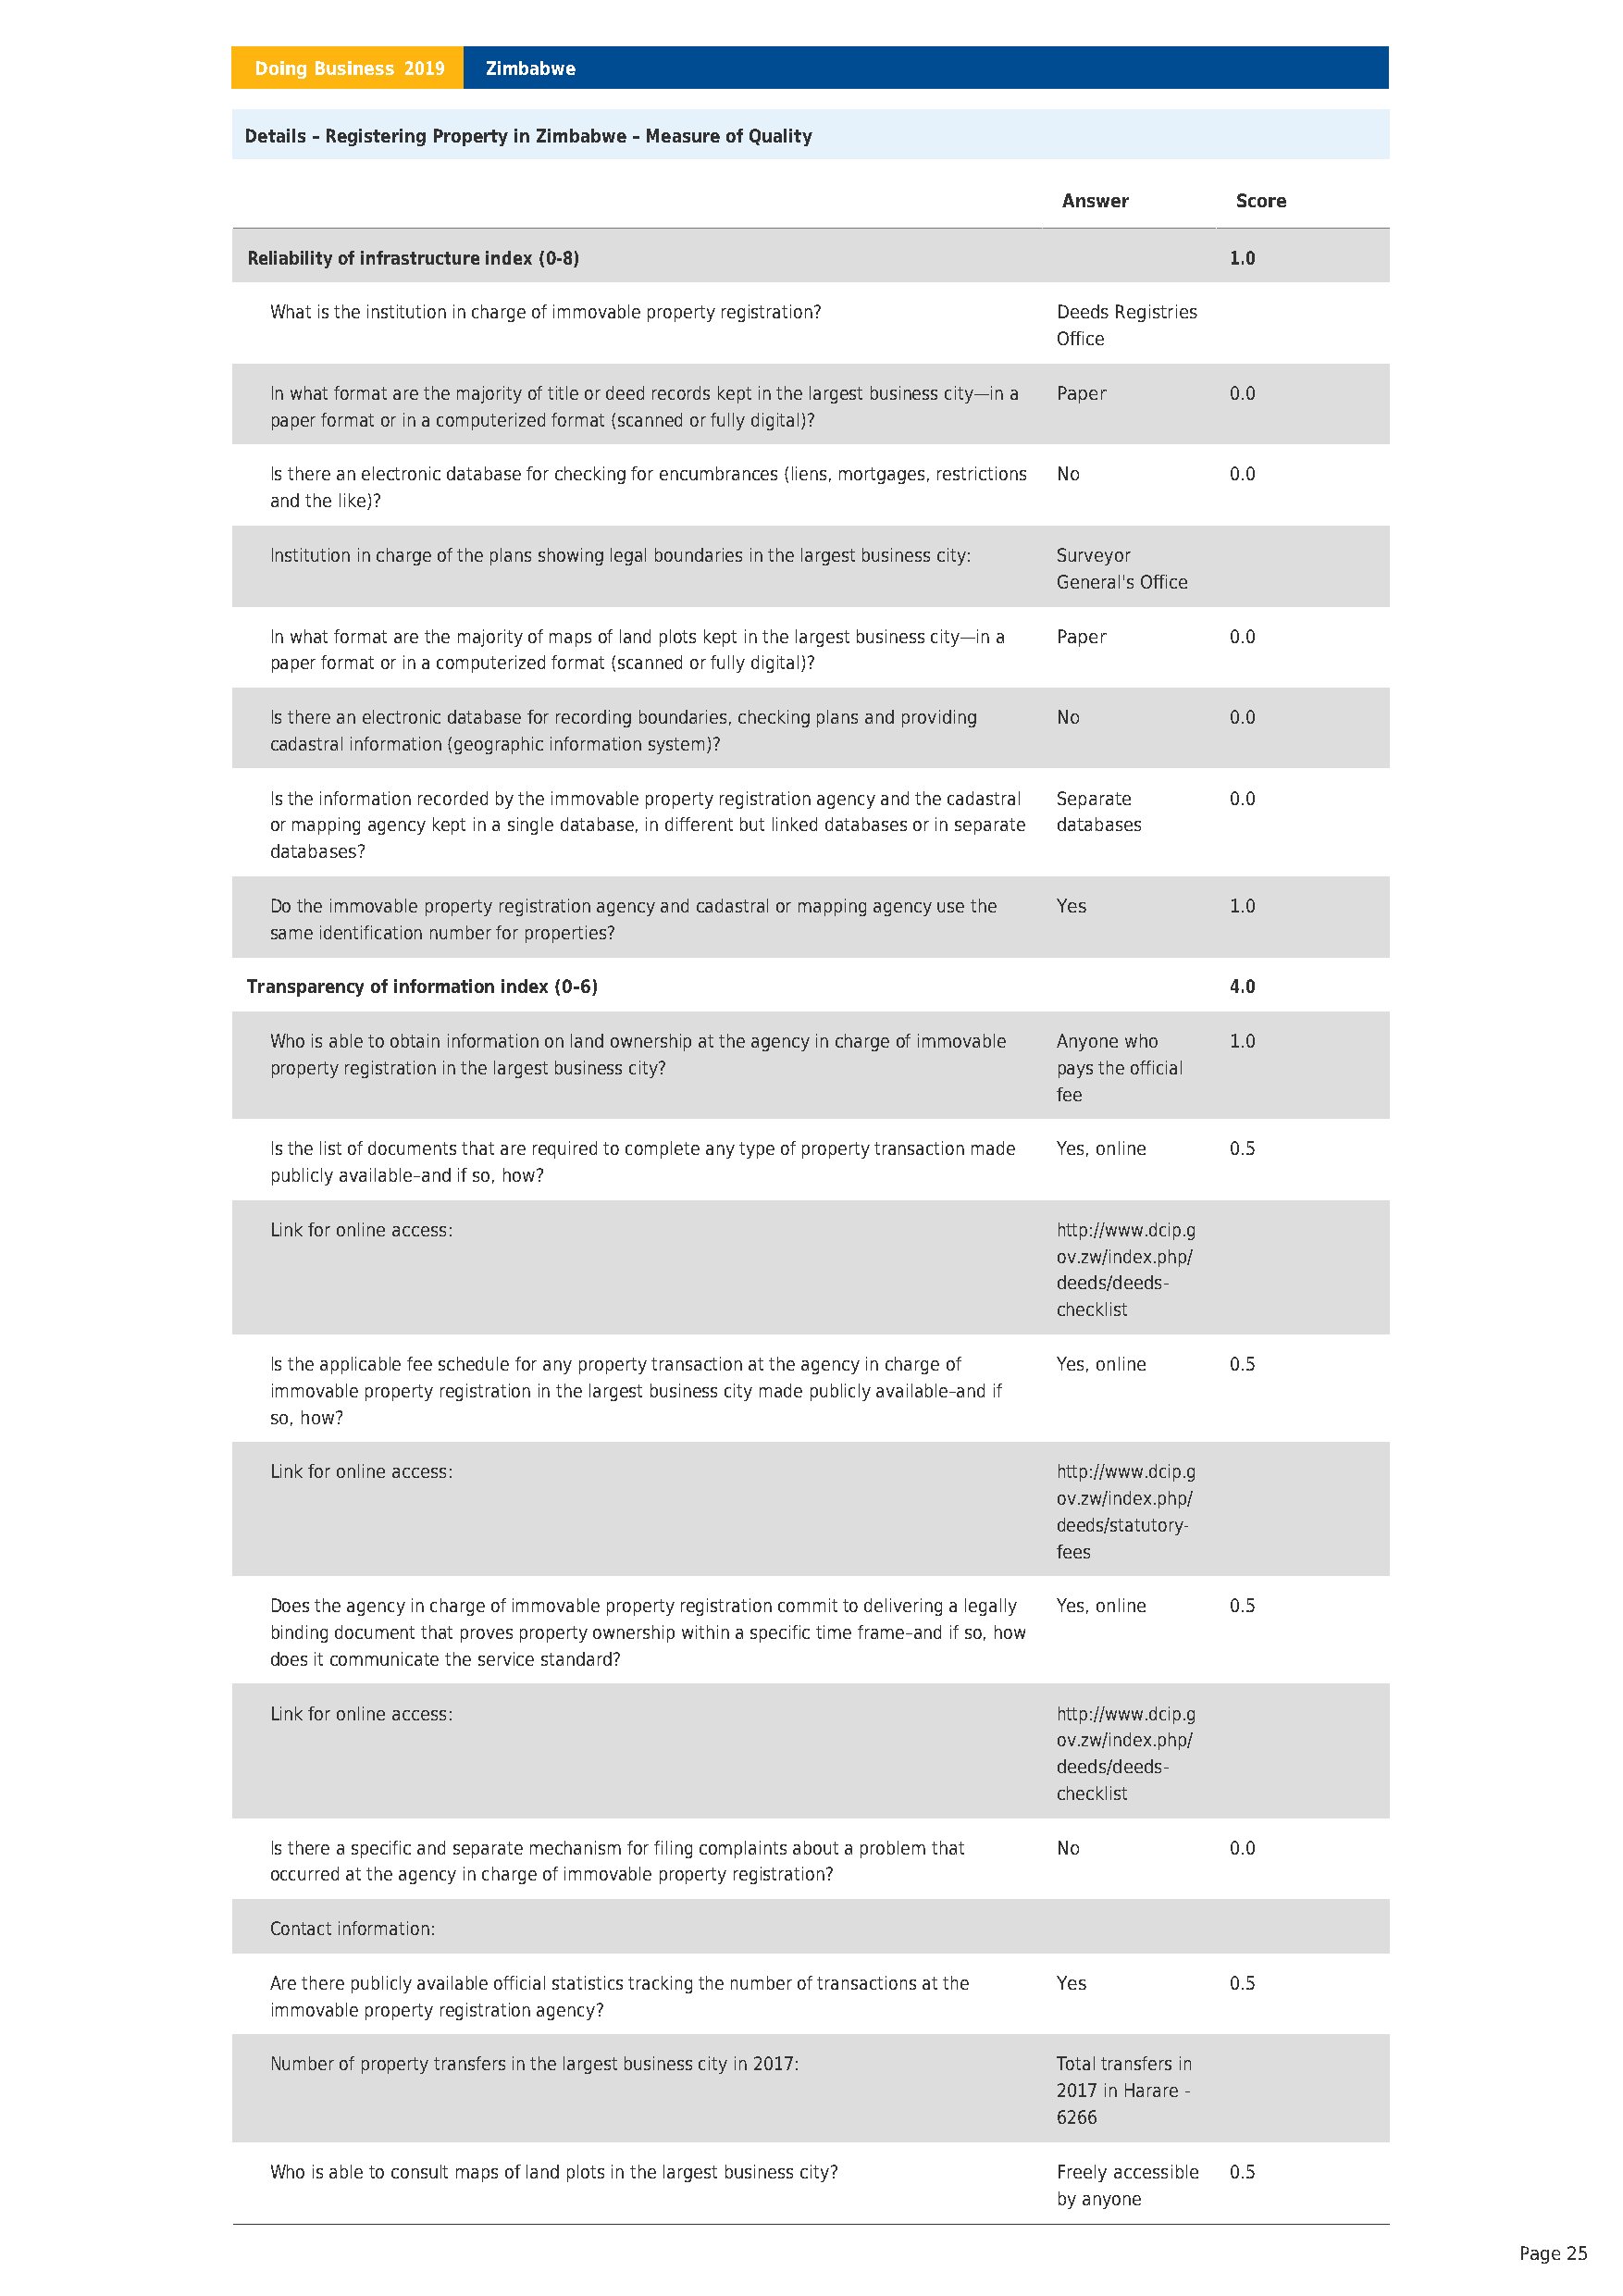
Doing Business 2019 Zimbabwe
 Details – Registering Property in Zimbabwe – Measure of Quality
 Answer      Score
 Reliability of infrastructure index (0-8)                             1.0
 What is the institution in charge of immovable property registration? Deeds Registries
 Office
 In what format are the majority of title or deed records kept in the largest business city—in a Paper 0.0
 paper format or in a computerized format (scanned or fully digital)?
 Is there an electronic database for checking for encumbrances (liens, mortgages, restrictions No 0.0
 and the like)?
 Institution in charge of the plans showing legal boundaries in the largest business city: Surveyor
 General's Office
 In what format are the majority of maps of land plots kept in the largest business city—in a Paper 0.0
 paper format or in a computerized format (scanned or fully digital)?
 Is there an electronic database for recording boundaries, checking plans and providing No 0.0
 cadastral information (geographic information system)?
 Is the information recorded by the immovable property registration agency and the cadastral Separate 0.0
 or mapping agency kept in a single database, in different but linked databases or in separate databases
 databases?
 Do the immovable property registration agency and cadastral or mapping agency use the Yes 1.0
 same identification number for properties?
 Transparency of information index (0–6)                               4.0
 Who is able to obtain information on land ownership at the agency in charge of immovable Anyone who 1.0
 property registration in the largest business city?      pays the official
 fee
 Is the list of documents that are required to complete any type of property transaction made Yes, online 0.5
 publicly available–and if so, how?
 Link for online access:                                  http://www.dcip.g
 ov.zw/index.php/
 deeds/deeds-
 checklist
 Is the applicable fee schedule for any property transaction at the agency in charge of Yes, online 0.5
 immovable property registration in the largest business city made publicly available–and if
 so, how?
 Link for online access:                                  http://www.dcip.g
 ov.zw/index.php/
 deeds/statutory-
 fees
 Does the agency in charge of immovable property registration commit to delivering a legally Yes, online 0.5
 binding document that proves property ownership within a specific time frame–and if so, how
 does it communicate the service standard?
 Link for online access:                                  http://www.dcip.g
 ov.zw/index.php/
 deeds/deeds-
 checklist
 Is there a specific and separate mechanism for filing complaints about a problem that No 0.0
 occurred at the agency in charge of immovable property registration?
 Contact information:
 Are there publicly available official statistics tracking the number of transactions at the Yes 0.5
 immovable property registration agency?
 Number of property transfers in the largest business city in 2017: Total transfers in
 2017 in Harare -
 6266
 Who is able to consult maps of land plots in the largest business city? Freely accessible 0.5
 by anyone
 Page 25